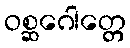
ဝစ္ဆဂေါတ္တေ